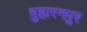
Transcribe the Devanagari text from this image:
बुहारनपुर